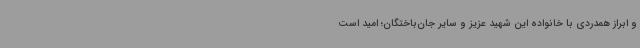
و ابراز همدردی با خانواده این شهید عزیز و سایر جان‌باختگان؛ امید است